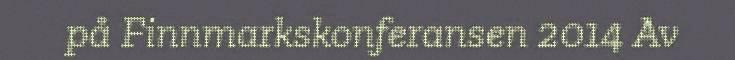
på Finnmarkskonferansen 2014 Av